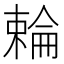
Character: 𬄍